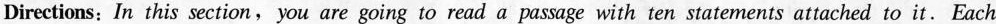
Directions: In this section, you are going to read a passage with ten statements attached to it. Each